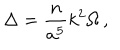
\Delta = { \frac { n } { a ^ { 5 } } } k ^ { 2 } \Omega \, ,